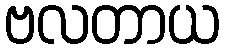
ဗလတာယ